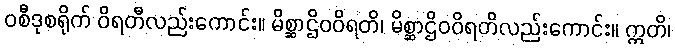
ဝစီဒုစရိုက် ဝိရတီလည်းကောင်း။ မိစ္ဆာဌိဝဝိရတိ၊ မိစ္ဆာဌိဝဝိရတိလည်းကောင်း။ ဣတိ၊